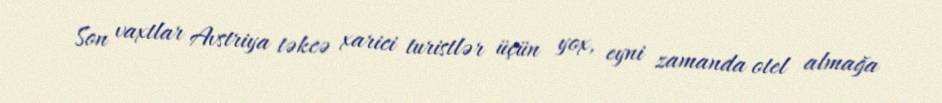
Son vaxtlar Avstriya təkcə xarici turistlər üçün yox, eyni zamanda otel almağa